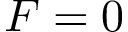
F = 0